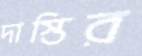
দাস্তির